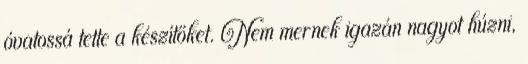
óvatossá tette a készítőket. Nem mernek igazán nagyot húzni,